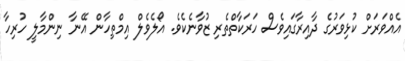
އެއްވަރަށް ކުޅިވަރުގެ ދާއިރާގައިވެސް ހަރަކާތްތެރި ޒުވާނެކެވެ. އޯލެވެލް އިމްތިހާން އޭނާ ނިންމާލީ ހުރިހާ